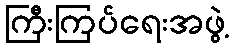
ကြီးကြပ်ရေးအဖွဲ့